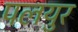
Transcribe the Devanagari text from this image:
पलयुर